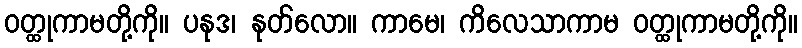
ဝတ္ထုကာမတို့ကို။ ပနုဒ၊ နုတ်လော။ ကာမေ၊ ကိလေသာကာမ ဝတ္ထုကာမတို့ကို။